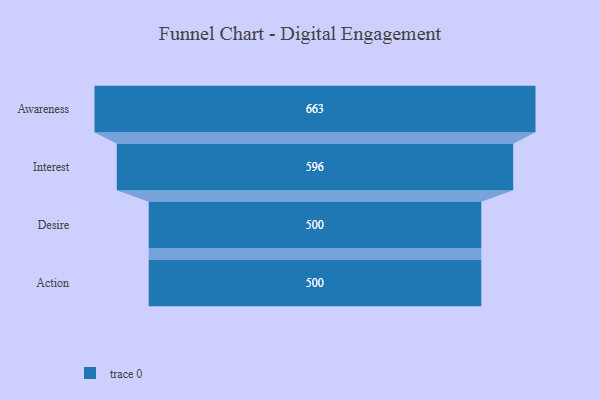
{"axis": {"x": "Stage", "y": "Value"}, "legend": [""], "data": [{"x": "Awareness", "y": 663.0, "type": ""}, {"x": "Interest", "y": 596.0, "type": ""}, {"x": "Desire", "y": 500, "type": ""}, {"x": "Action", "y": 500, "type": ""}]}